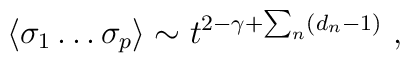
\langle\sigma_{1}\dots\sigma_{p}\rangle\sim t^{2-\gamma+\sum_{n}(d_{n}-1)}\ ,